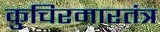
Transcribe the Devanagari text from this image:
कुचिरमारतंत्र